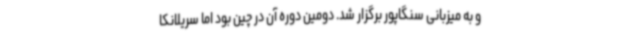
و به میزبانی سنگاپور برگزار شد. دومین دوره آن در چین بود اما سریلانکا